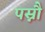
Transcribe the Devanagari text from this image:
पस्नौ